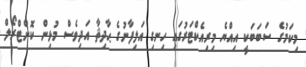
މިކަމުގެ ސަބަބަކީ އިއްޔެ މިރިއެކްޓަރުގައި ހިނގި އަލިފާނުގެ ޙާދިޘާ އަދިވެސް މުޅިން ކޮންޓްރޯލް